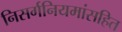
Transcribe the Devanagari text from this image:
निसर्गनियमांसहित